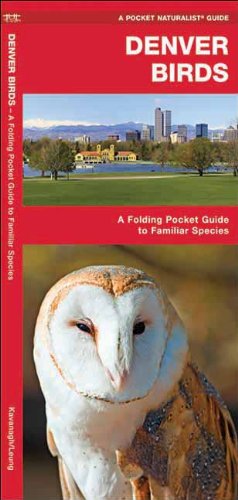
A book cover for Denver Birds: A Folding Pocket Guide to Familiar Species (Pocket Naturalist Guide Series); James Kavanagh; Travel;